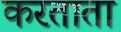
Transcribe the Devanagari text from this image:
करताता